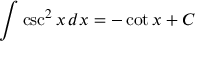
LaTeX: \int \csc ^ { 2 } x \, d x = - \cot x + C